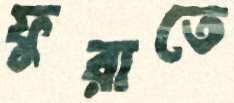
ফুরাতে